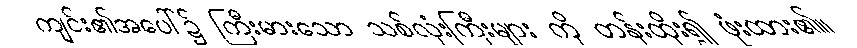
ကျင်း၏အပေါ်၌ ကြီးမားသော သစ်လုံးကြီးများ ကို တန်းထိုး၍ ဖုံးထား၏။